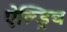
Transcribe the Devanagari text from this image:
ऐल्ड्रिच